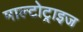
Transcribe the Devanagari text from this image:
माल्टोट्राइज